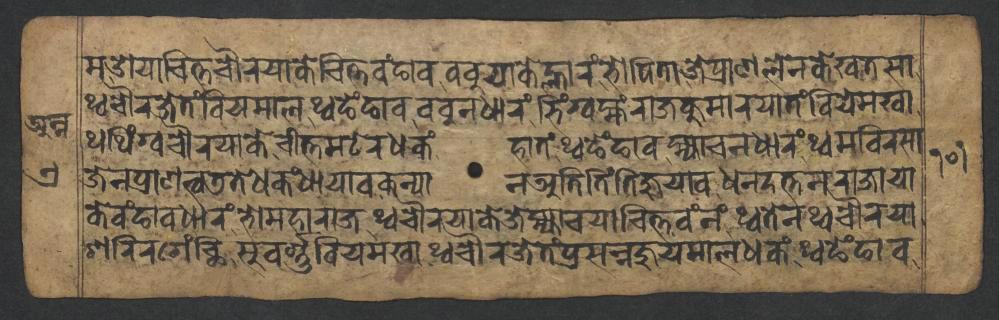
𑐩𑐌𑐫𑐵𑐔𑐶𑐟𑑂𑐟𑐔𑑁𑐬𑐫𑐵𑐎𑐾𑐔𑐶𑐟𑑂𑐟𑐰𑑄𑐒𑐵𑐰𑐧𑐧𑐸𑐫𑐵𑐎𑐾𑐮𑑂𑐴𑐵𑐬𑑄𑐨𑑀𑐥𑐶𑐟𑐵𑐖𑐾𑐥𑑂𑐬𑐵𑐞𑐮𑐾𑐣𑐎𑐾𑐏𑐟𑐳𑐵 𑐠𑑂𑐰𑐔𑑁𑐬𑐖𑐾𑐟𑑄𑐧𑐶𑐫𑐩𑐵𑐮𑐠𑑂𑐰𑐒𑐾𑑄𑐒𑐵𑐰𑐧𑐧𑐸𑐣𑐢𑐵𑐬𑑄𑐨𑐶𑑄𑐐𑑂𑐰𑐩𑑂𑐴𑑄𑐬𑐵𑐖𑐎𑐸𑐩𑐵𑐬𑐫𑐵𑐟𑑄𑐧𑐶𑐫𑐾𑐩𑐏𑐵 𑐠𑐠𑐶𑑄𑐐𑑂𑐰𑐔𑑁𑐬𑐫𑐵𑐎𑐾𑐔𑐷𑐟𑑂𑐟𑐩𑐚𑐾𑐬𑐢𑐎𑑄𑐴𑐵𑐟𑑄𑐠𑑂𑐰𑐒𑐾𑑄𑐒𑐵𑐰𑐩𑑂𑐴𑑂𑐫𑐵𑐔𑐣𑐢𑐵𑐬𑑄𑐠𑑂𑐰𑐩𑐧𑐶𑐬𑐳𑐵 𑐖𑐾𑐣𑐥𑑂𑐬𑐵𑐞𑐟𑑂𑐰𑐜𑐟𑐾𑐢𑐎𑑄𑐢𑐵𑐫𑐵𑐰𑐎𑐣𑑂𑐫𑐵𑐣𑐀𑐟𑐶𑐟𑐶𑑄𑐟𑐶𑐖𑐸𑐫𑐵𑐰𑐢𑐣𑐡𑐟𑑂𑐟𑐣𑐬𑐵𑐖𑐵𑐫𑐵 𑐎𑐾𑐰𑑄𑐒𑐵𑐰𑐢𑐵𑐬𑑄𑐨𑑀𑐩𑐴𑐵𑐬𑐵𑐖𑐠𑑂𑐰𑐔𑑁𑐬𑐫𑐵𑐎𑐾𑐖𑐾𑐩𑑂𑐴𑑂𑐫𑐵𑐔𑐫𑐵𑐔𑐶𑐟𑑂𑐟𑐰𑑄𑐣𑑄𑐠𑑂𑐰𑐟𑐾𑐣𑐠𑑂𑐰𑐔𑑁𑐬𑐫𑐵 𑐱𑐬𑐶𑐬𑐐𑐾𑑄𑐕𑐶𑐳𑐸𑐰𑐬𑑂𑐞𑑂𑐞𑐧𑐶𑐫𑐩𑐏𑐵𑐠𑑂𑐰𑐔𑑁𑐬𑐖𑐾𑐟𑑄𑐥𑑂𑐬𑐳𑐣𑑂𑐣𑐖𑐸𑐫𑐩𑐵𑐮𑐢𑐎𑑄𑐠𑑂𑐰𑐒𑐾𑑄𑐒𑐵𑐰